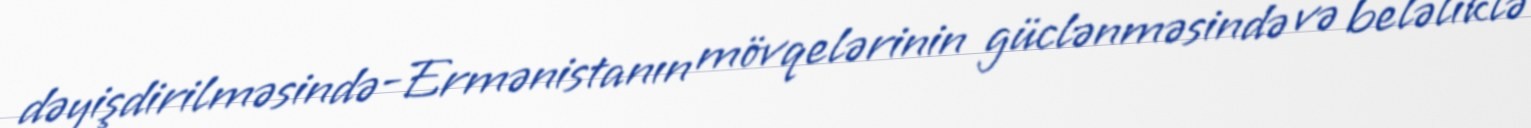
dəyişdirilməsində-Ermənistanın mövqelərinin güclənməsində və beləliklə